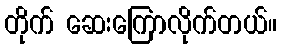
တိုက် ဆေးကြောလိုက်တယ်။